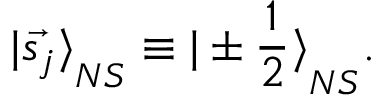
{ \vert \vec { s _ { j } } \rangle } _ { N S } \equiv { \vert \pm \frac { 1 } { 2 } \rangle } _ { N S } .